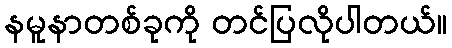
နမူနာတစ်ခုကို တင်ပြလိုပါတယ်။